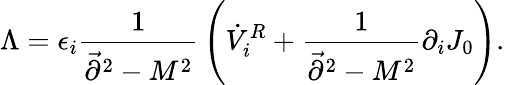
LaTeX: \Lambda=\epsilon_{i}{\frac{1}{\vec{\partial}^{2}-M^{2}}}\left(\dot{V}_{i}^{R}+{\frac{1}{\vec{\partial}^{2}-M^{2}}}\partial_{i}J_{0}\right).